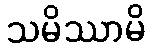
သမိဿာမိ